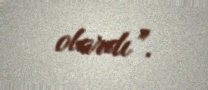
olardı”.